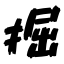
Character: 掘